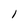
Character: l